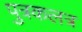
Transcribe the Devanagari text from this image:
पुत्रकलत्र